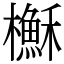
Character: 櫯